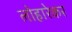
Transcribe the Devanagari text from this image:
लोहारेकर